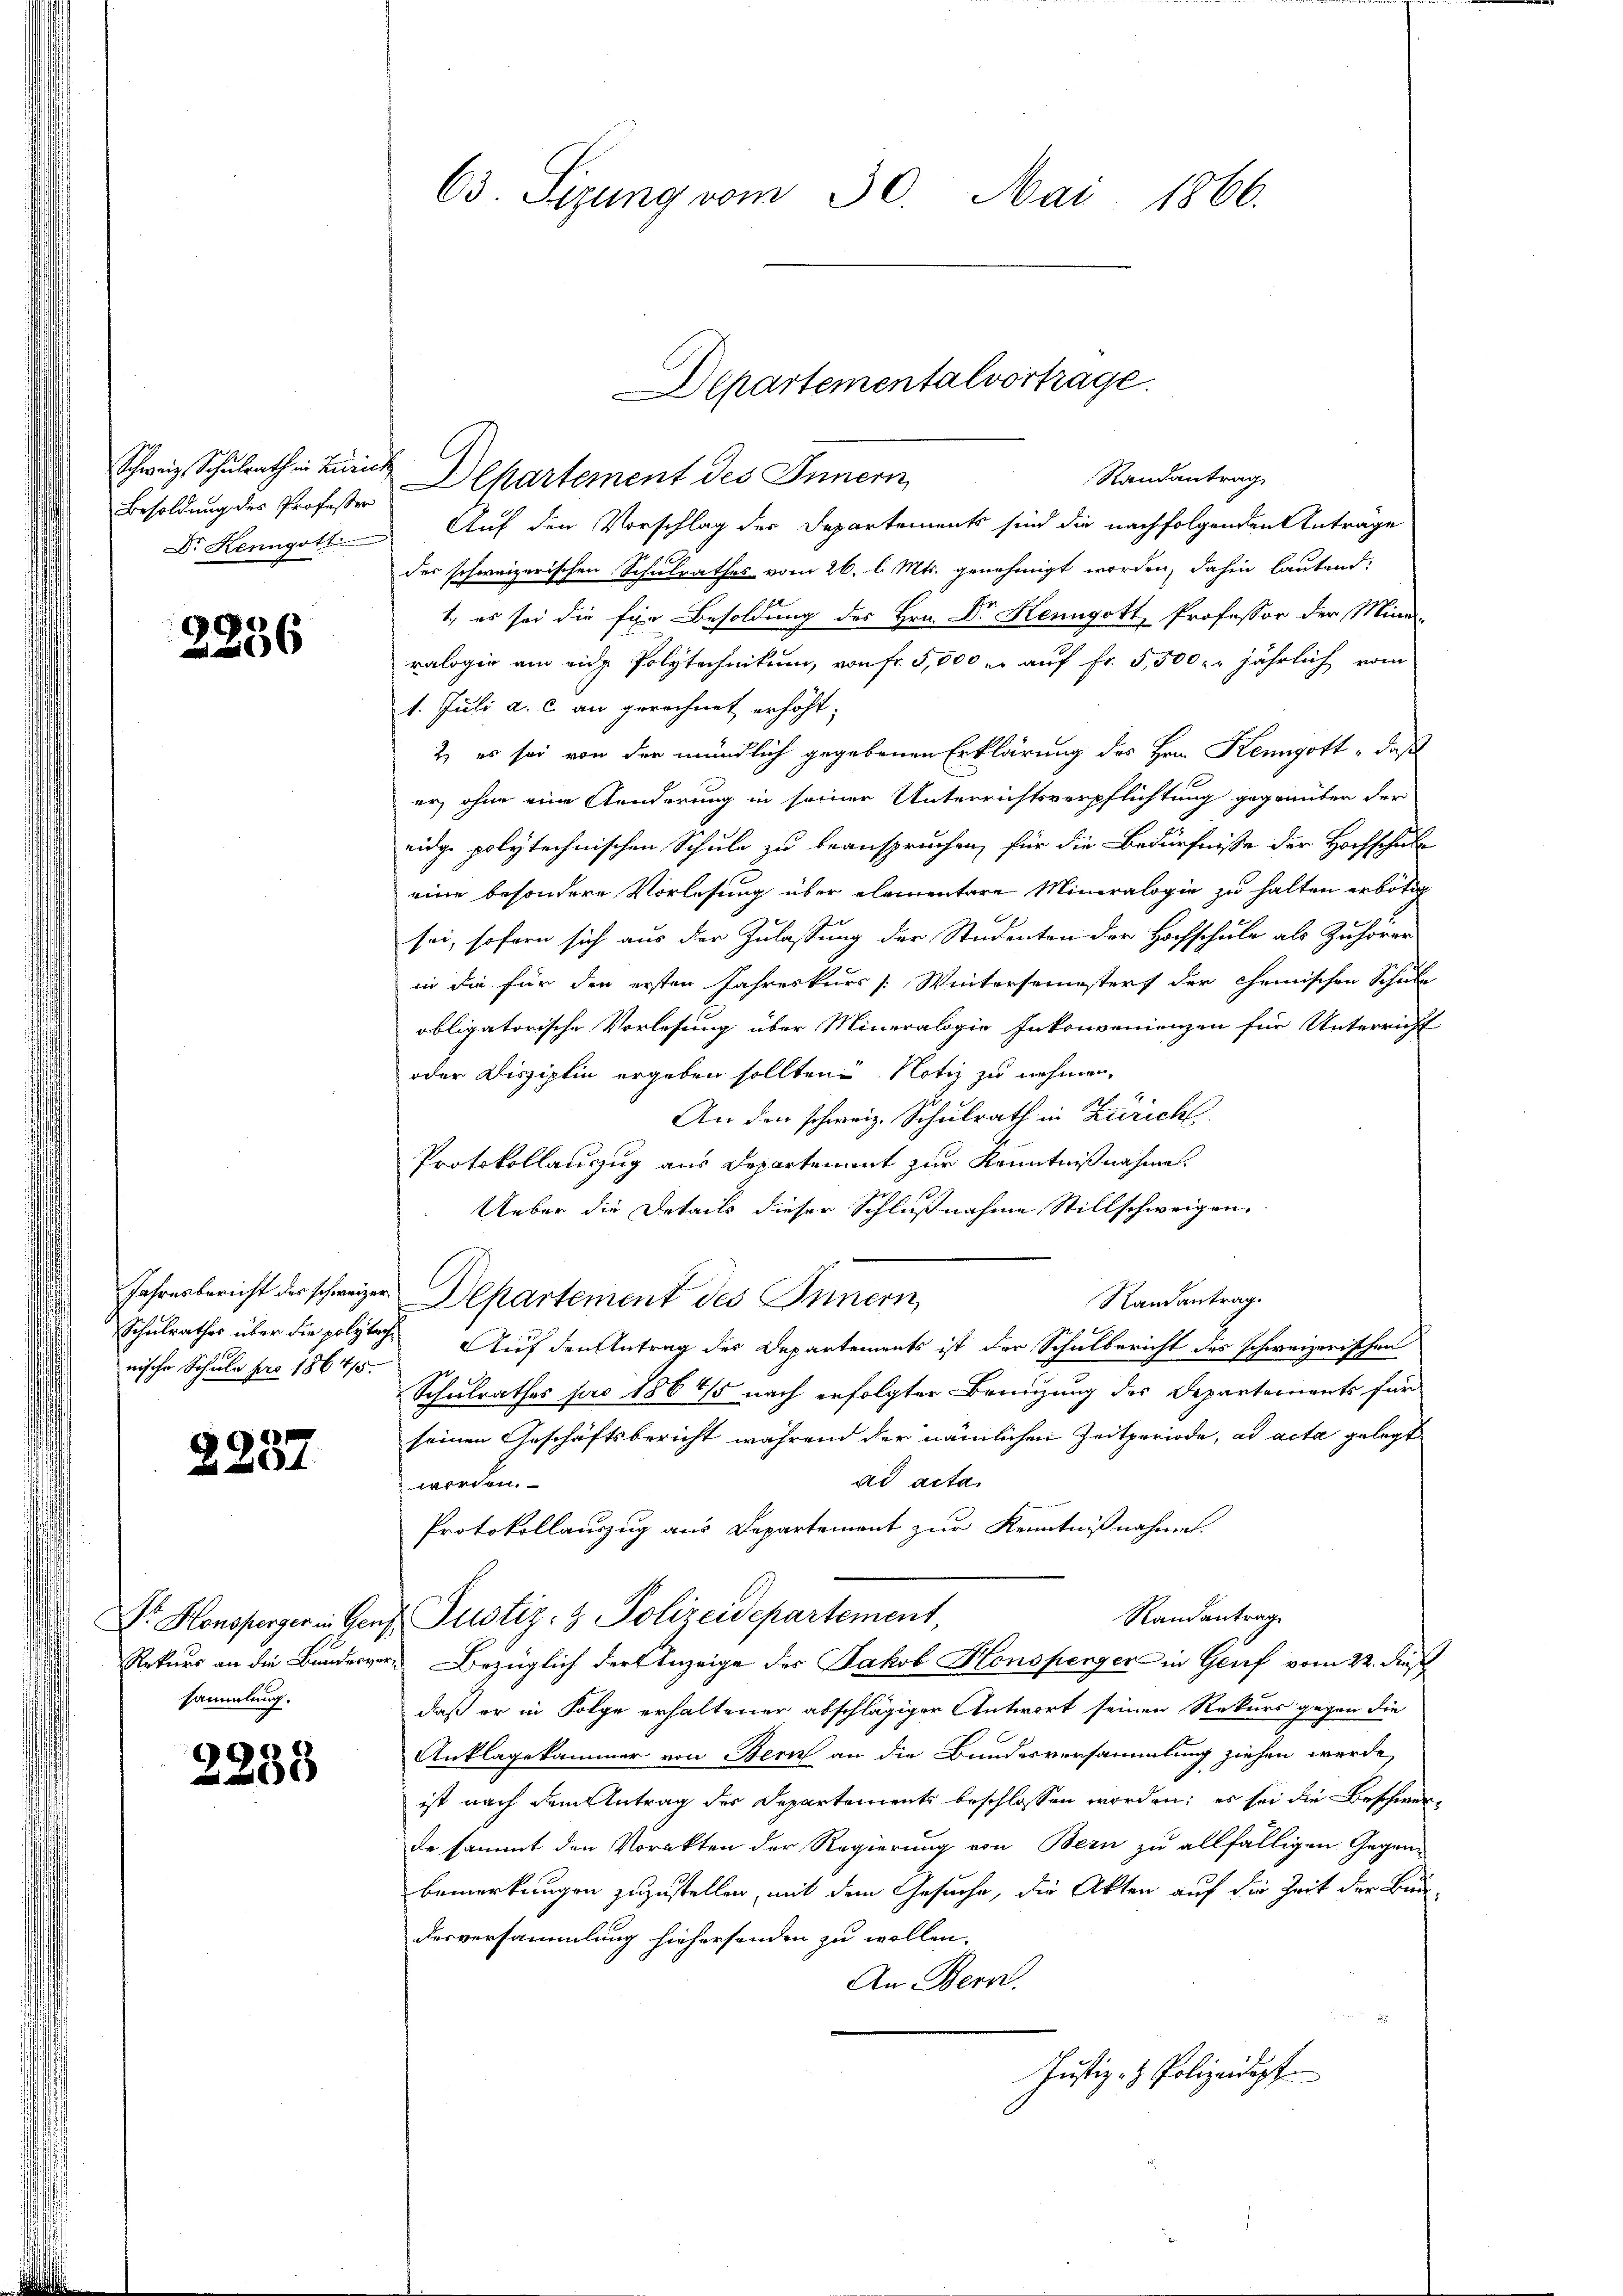
Besoldung des Professor

2236

Schweiz. Schulrath in Zürich Departement des Innern
Randantrag
Dr. Henngolf Auf den Vorschlag der Departements sind die nachfolgenden Anträge
der schweizerischen Schulrathes vom 26. l. Mts. genehmigt worden, dahin lautend:
1, es sei die für Besoldung des Hrn. Dr Kenngott, Professor der Miniralogie am eidg. Polytechnikum, von fr. 5,000 er auf Fr. 5,500. jährlich vom
1. Juli a. c. an gerechnet erhöht;
2) es sei von der mündlich gegebenen Erklärung des Hrn. Kenngott „daß
er, ohne eine Aenderung in seiner Unterrichtsverpflichtung gegannten der
eidge polytechnischen Schule zu beanspruchen, für die Bedürfnisse der Hochschule
eine besondere Vorlesung über elementare Mineralogie zu halten erbötig
sei, sofern sich aus der Zulassung der Studenten der Hochschule als Zuhörer
in die für den ersten Jahreskurs /: Wintersemesters der chemischen Schule
obligatorische Vorlesung über Mineralogie Inkonvenienzen für Unterricht
oder Disziplin ergeben sollten Notiz zu nehmen,
An den schweiz. Schulrath in Züricht
Protokollauszug aus Departement zur Kenntnißnahmen.
Ueber die Details dieser Schlußnahme Stillschweigen¬
Jahresbericht des schweizer Departement des Innern,
Randantrag.
Schulrathes über die polyteche Auf den Antrag der Departements ist der Schulbericht des schweizerischen
Schulrathes pro 1864/5 nach erfolgter Brünzung des Departements für
seinen Geschäftsbericht während der nämlichen Zeitperiode, ad acta gelegt
ad acta.
worden.
Protokollauszug aus Departement zur Kenntnißnahme.
Randantrag
Dr. Honsperger in Genf Pustiz- & Polizeidepartement,
Rekurs an die Bunderger Bezüglich der Anzeige des Jakob Honopenger in Genf vom 22. dieß
daß er in Folge erhaltener abschlägiger Antwort seinen Rekurs gegen die
Anklagekammer von Bern an die Bundesversammlung ziehen werde,
ist nach dem Antrag des Departements beschlossen worden; es sei die Beschwerde sammt den Vorakten der Regierung von Bern zu allfälligen Gegen-
bemerkungen zuzustellen, mit dem Gesuche, die Akten auf die Zeit der Bundesversammlung hiehersonden zu wollen.
An Bern.
Justiz- & Polizeidopf

nische Schule pro 186415.

2237

sammlung.

2238

63. Sizung vom 30. Mai 1866.

Departementalvortrage.